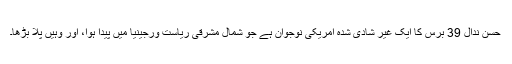
حسن ندال 39 برس کا ایک غیر شادی شدہ امریکی نوجوان ہے جو شمال مشرقی ریاست ورجینیا میں پیدا ہوا، اور وہیں پلا بڑھا۔